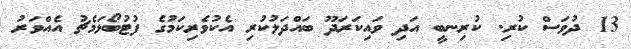
13 ދުވަސް ކުރި. ކުރިނބީ އަދި ވައިކަރަދޫ ބައްދަލުކުރި އެކުވެރިކަމުގެ ފުޓުބޯޅަމެޗު އެއްވަރު